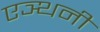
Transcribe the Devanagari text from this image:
एञ्थनी